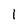
Character: 1